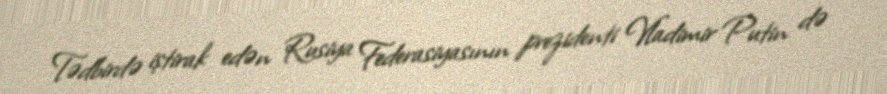
Tədbirdə iştirak edən Rusiya Federasiyasının prezidenti Vladimir Putin də